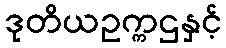
ဒုတိယဥက္ကဌနှင့်